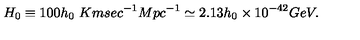
H _ { 0 } \equiv 1 0 0 h _ { 0 } \ K m s e c ^ { - 1 } M p c ^ { - 1 } \simeq 2 . 1 3 h _ { 0 } \times 1 0 ^ { - 4 2 } G e V .